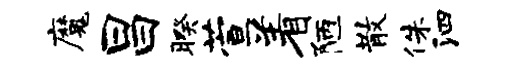
魔昌暌萱着陋散侏泗